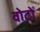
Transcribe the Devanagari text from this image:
वोटोँ